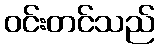
ဝင်းတင်သည်